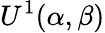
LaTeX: U^{1}(\alpha,\beta)